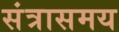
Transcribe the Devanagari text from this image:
संत्रासमय